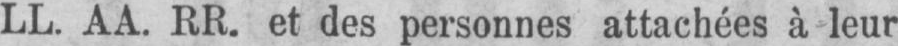
LL. AA. RR. et des personnes attachées à leur